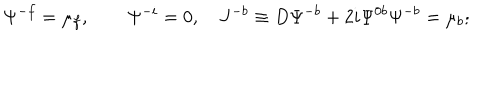
LaTeX: \Psi ^ { - f } = \mu _ { f } , \qquad \Psi ^ { - i } = 0 , ~ J ^ { - b } \equiv D \Psi ^ { - b } + 2 i \Psi ^ { 0 b } \Psi ^ { - b } = \mu _ { b } ;